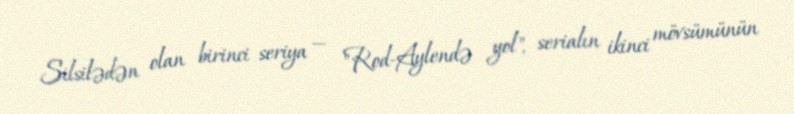
Silsilədən olan birinci seriya — "Rod-Aylendə yol", serialın ikinci mövsümünün